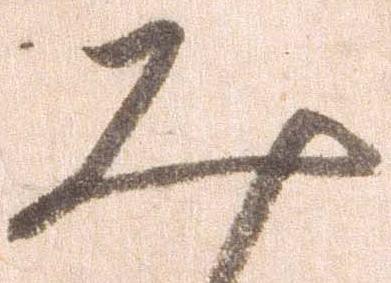
み